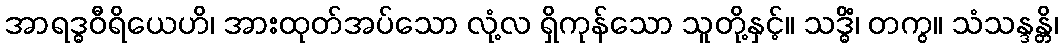
အာရဒ္ဓဝီရိယေဟိ၊ အားထုတ်အပ်သော လုံ့လ ရှိကုန်သော သူတို့နှင့်။ သဒ္ဓိံ၊ တကွ။ သံသန္ဒန္တိ၊